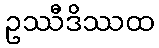
ဥဿီဒိဿထ